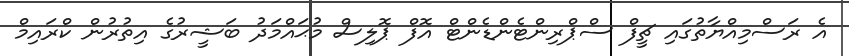
އެ ރަސްމިއްޔާތުގައި ޗީފް ސްޕްރިންޓެންޑެންޓް އޮފް ޕޮލިސް މުޙައްމަދު ބަޝީރުގެ އިތުރުން ކްރައިމް